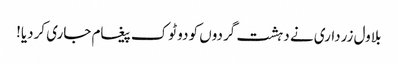
بلاول زرداری نے دہشت گردوں کو دو ٹوک پیغام جاری کردیا!